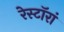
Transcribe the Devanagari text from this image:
रेस्टॉरां